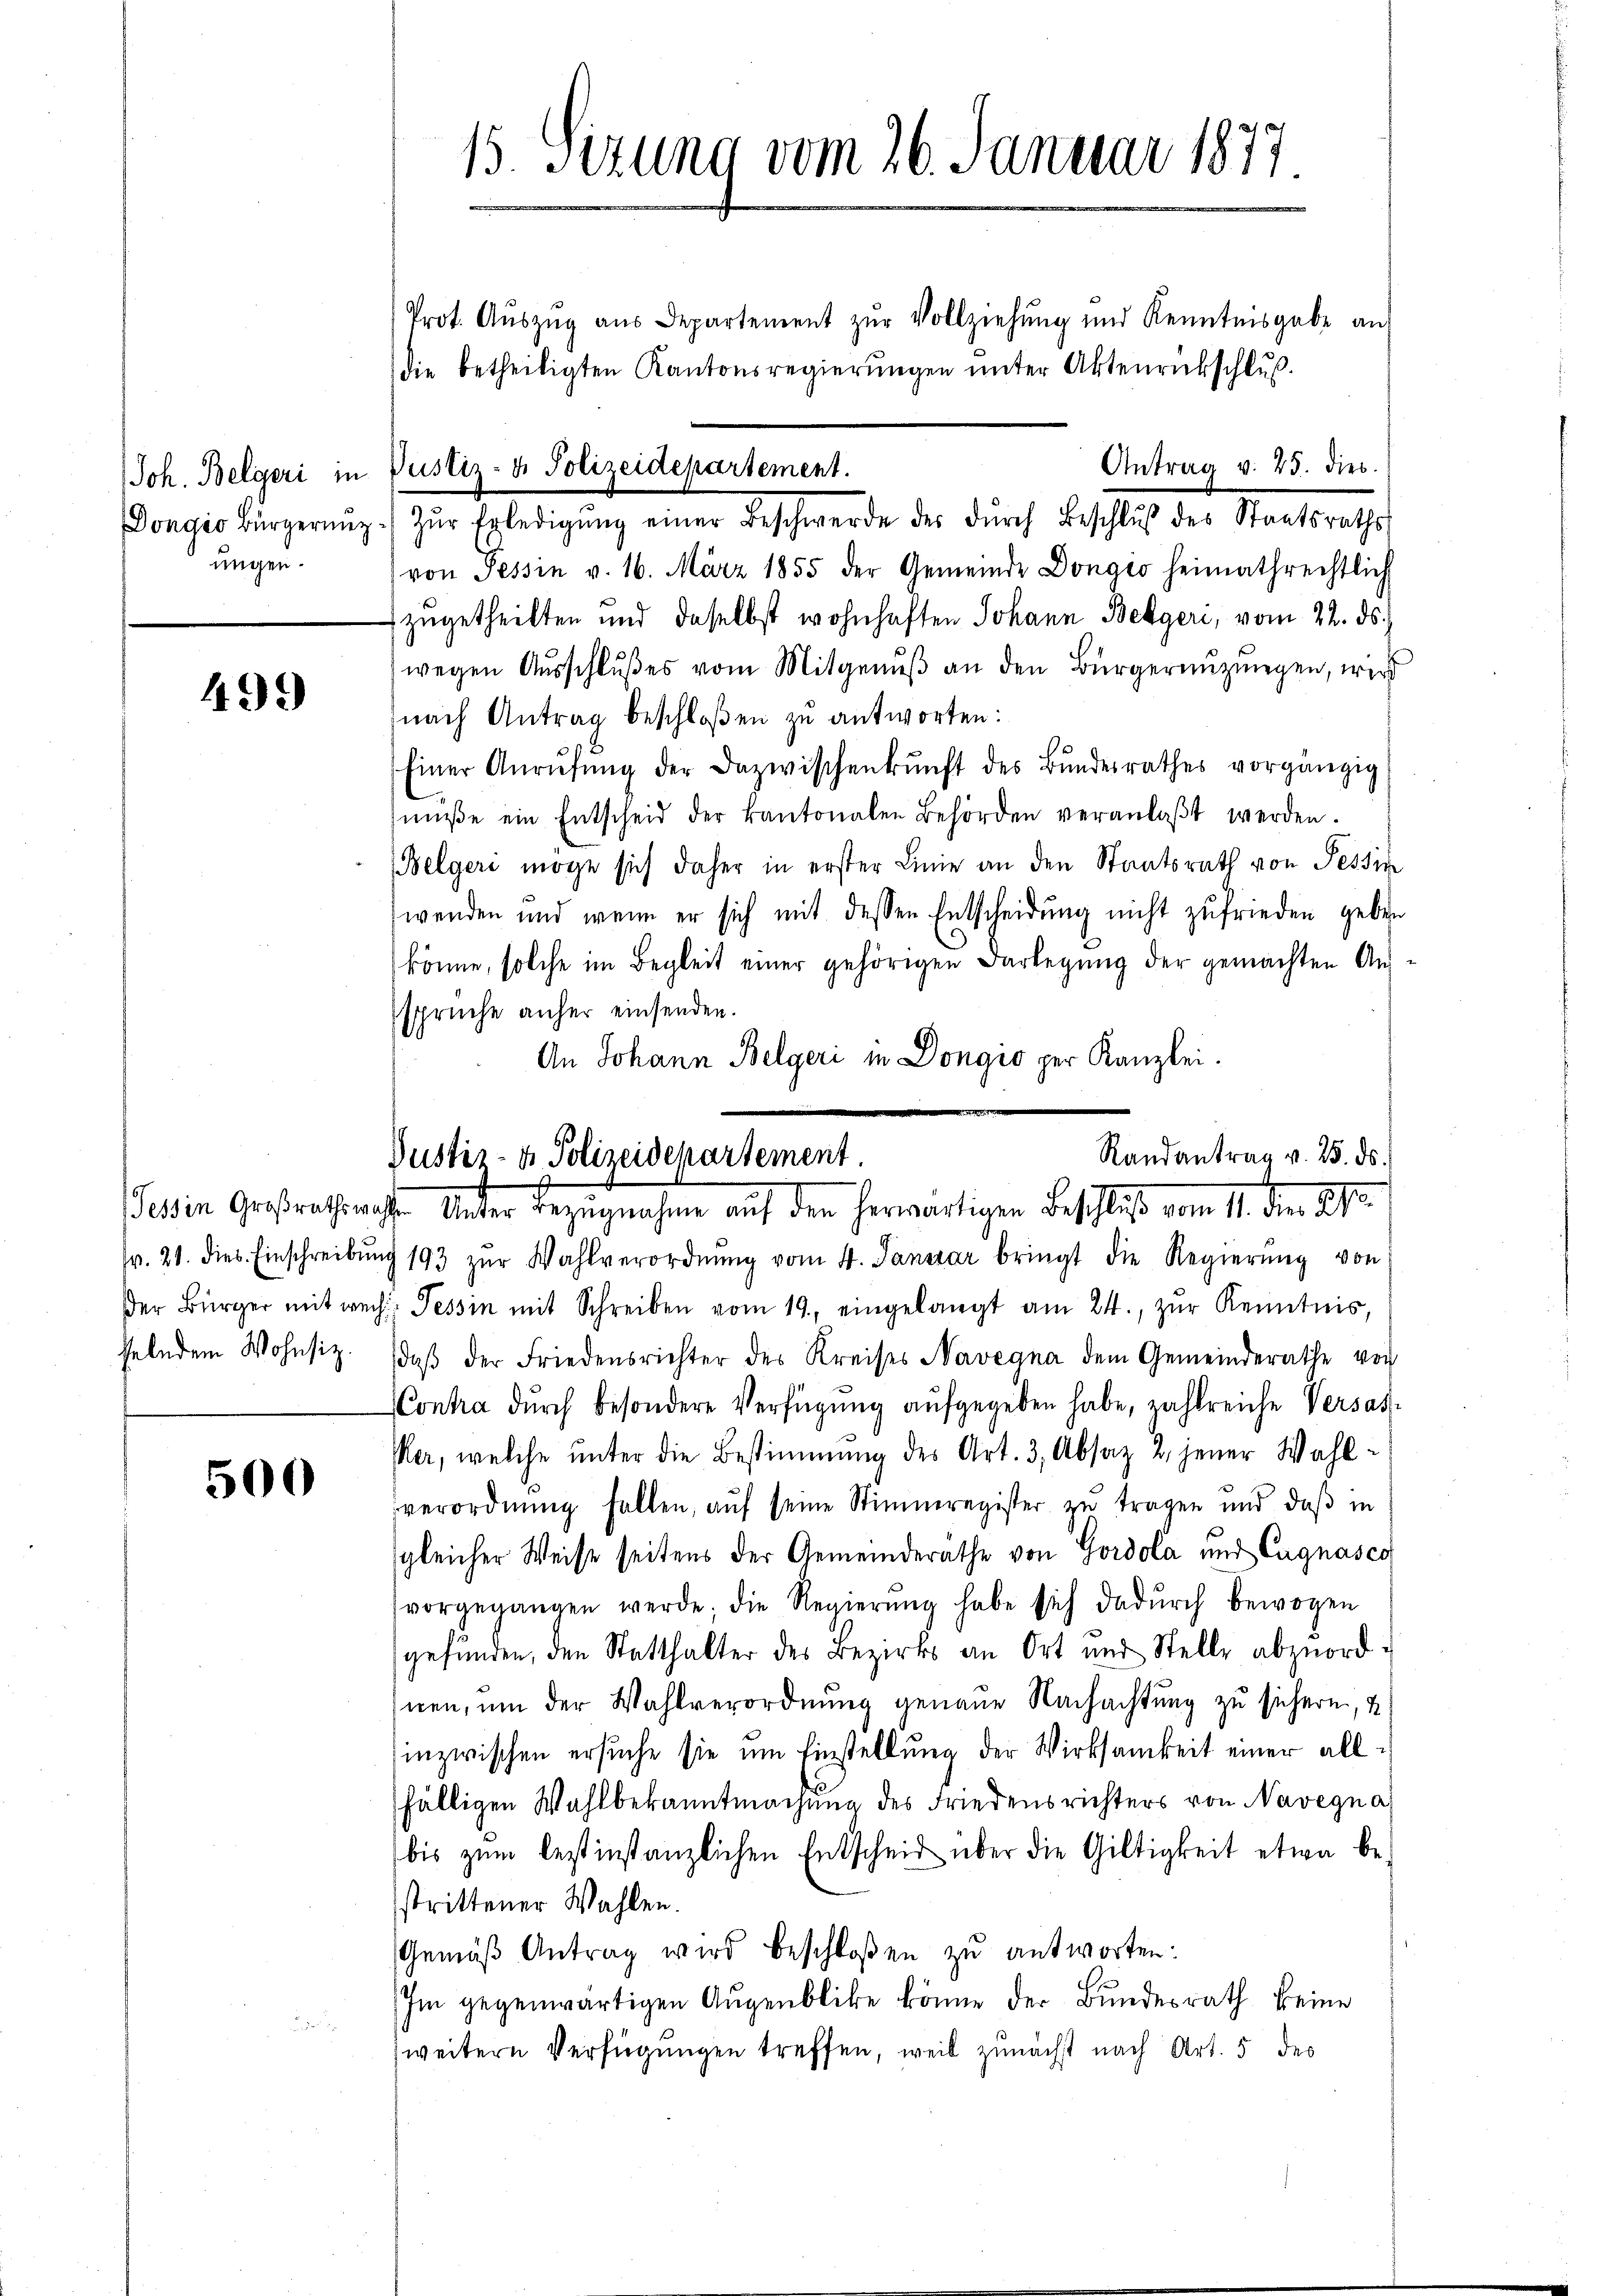
ungen.

499)

500

Prot. Aŭszŭg aŭs Departement zŭr Vollziehŭng und Kenntnisgabe an
die betheiligten Kantonsregierungen unter Aktenrückschluß.
von Tessin v. 16. März 1855 der Gemeinde Dongio heimathrechtlich
zugetheilten und daselbst wohnhaften Johann Bekgeri, vom 22. ds.
wegen Ausschlußes vom Mitgenuß an den Bürgernuzungen, wird
nach Antrag beschloßen zu antworten:
Einer Anrüfŭng der Dazwischenkunft des Bŭndesrathes vorgängig
müβe ein Entscheid der kantonalen Behörden veranlaβt werden.
Belgeri möge sich daher in erster Linie an den Staatsrath von Tessin
wenden und wenn er sich mit dessen Entscheidŭng nicht zufrieden geben
könne, solche im Begleit einer gehörigen Darlegung der gemachten Aussprüche anher einsenden.
An Johann Belgeri in Dongio per Kanzlei.

15. Sizung vom 26. Januar 1877

Antrag v. 25. dies
Joh. Belgeri in Justiz- & Polizeidepartement.
Dongéo Bürgerung zŭr Erledigŭng einer Beschwerde des dŭrch Beschlŭβ des Staatsraths

Randantrag v. 25. ds.
Justiz- & Polizeidepartement
alden Gesprechenrathe Unter Bezugnahmen auf den herwärtigen Beschließ vom 11. der 21.

fr. 21. dies. Einschreibŭng 193 zŭr Wahlverordnŭng vom 4. Januar bringt die Regierŭng von
der Bürger mit rech Tessin mit Schreiben vom 19. eingelangt am 24., zŭr Kenntnis,
selndem Wohnsiz, daβ der Friedensrichter des Kreises Navegna dem Gemeinderathe von
Contra durch besondere Verfügŭng aufgegeben habe, zahlreiche Versasker, welche unter die Bestimmung des Art. 3, Absatz 2 jener Wahlverordnŭng fallen, aŭf seine Stimmregister zŭ tragen und daβ in
gleicher Weise seitens der Gemeinderathe von Gordola und Cagnasco
vorgegangen werde; die Regierŭng habe sich dadŭrch bewogen
gefunden, den Statthalter des Bezirks an Ort und Stelle abzuord
nen, um der Wahlverordnung genaue Nachachtung zu sichern, u
inzwischen ersuche sie um Einstellung der Wirksamkeit einer allfälligen Wahlbekanntmachung des Friedensrichters von Navegna
bis zum bestinstanzlichen Entscheid über die Giltigkeit etwa be-
strittener Wahlen.
Gemäβ Antrag wird beschloßen zu antworten:
Im gegenwärtigen Augenblicke könne der Bŭndesrath keine
weitern Verfügungen treffen, weil zunächst nach Art. 5 des